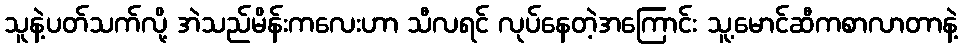
သူနဲ့ပတ်သက်လို့ အဲသည်မိန်းကလေးဟာ သီလရင် လုပ်နေတဲ့အကြောင်း သူ့မောင်ဆီကစာလာတာနဲ့